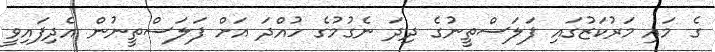
ގެ މައި މަރުކަޒުގައި ފަލަސްތީނުގެ ދިދަ ނެގުމުގެ ހުއްދަ އަށް ފަލަސްތީނުން އެދިފައިވީ